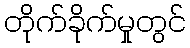
တိုက်ခိုက်မှုတွင်